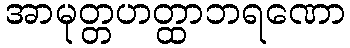
အာမုတ္တဟတ္ထာဘရဏော